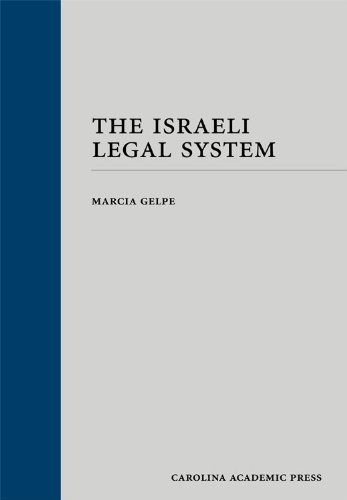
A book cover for The Israeli Legal System; Marcia Gelpe; Law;